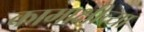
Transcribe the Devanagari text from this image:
कामाक्षीच्या